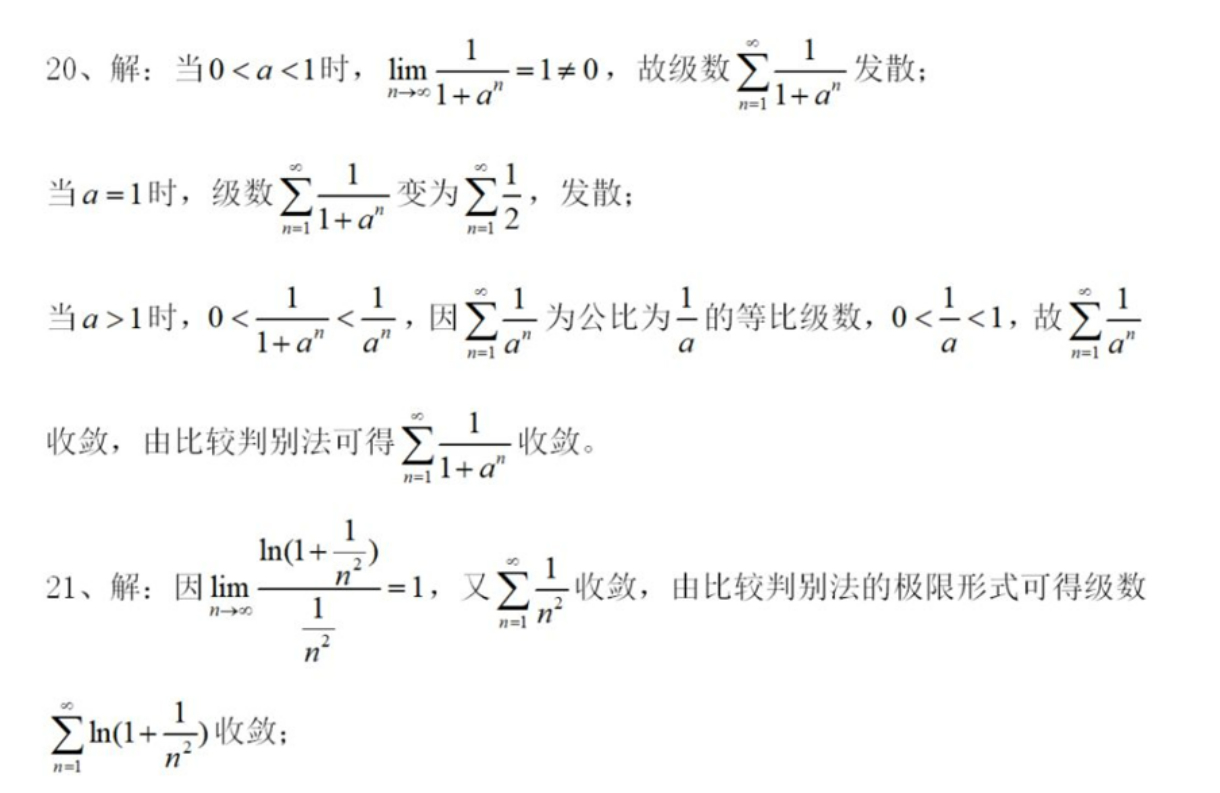
20、解：当\(0 < a < 1\)时，\(\lim_{n \to \infty} \frac{1}{1 + a^{n}} = 1 \neq 0\)，故级数\(\sum_{n = 1}^{\infty} \frac{1}{1 + a^{n}}\)发散；
当\(a = 1\)时，级数\(\sum_{n = 1}^{\infty} \frac{1}{1 + a^{n}}\)变为\(\sum_{n = 1}^{\infty} \frac{1}{2}\)，发散；
当\(a > 1\)时，\(0 < \frac{1}{1 + a^{n}} < \frac{1}{a^{n}}\)，因\(\sum_{n = 1}^{\infty} \frac{1}{a^{n}}\)为公比为\(\frac{1}{a}\)的等比级数，\(0 < \frac{1}{a} < 1\)，故\(\sum_{n = 1}^{\infty} \frac{1}{a^{n}}\)收敛，由比较判别法可得\(\sum_{n = 1}^{\infty} \frac{1}{1 + a^{n}}\)收敛。
21、解：因\(\lim_{n \to \infty} \frac{\ln(1 + \frac{1}{n^{2}})}{\frac{1}{n^{2}}} = 1\)，又\(\sum_{n = 1}^{\infty} \frac{1}{n^{2}}\)收敛，由比较判别法的极限形式可得级数\(\sum_{n = 1}^{\infty} \ln(1 + \frac{1}{n^{2}})\)收敛；